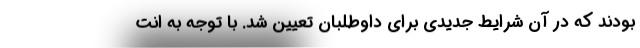
بودند که در آن شرایط جدیدی برای داوطلبان تعیین شد. با توجه به انت